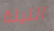
الليلة